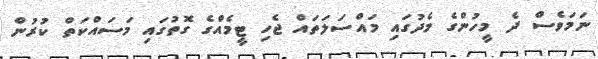
ނަމަވެސް ދެ މީހުންގެ މެދުގައި މައްސަލަތައް ޖެހި ޓީމެއްގެ ގޮތުގައި މަސައްކަތް ކުރުން